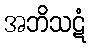
အဘိသဋံ